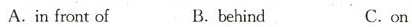
A.in front of B. behind C.on